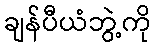
ချန်ပီယံဘွဲ့ကို